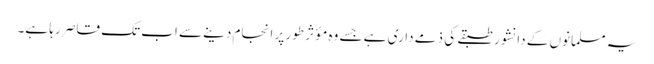
یہ مسلمانوں کے دانشور طبقے کی ذمے داری ہے جسے وہ مؤثر طور پر انجام دینے سے اب تک قاصر رہا ہے۔